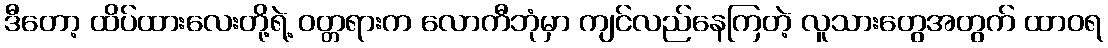
ဒီတော့ ထိပ်ထားလေးတို့ရဲ့ ဝတ္တရားက လောကီဘုံမှာ ကျင်လည်နေကြတဲ့ လူသားတွေအတွက် ထာဝရ